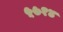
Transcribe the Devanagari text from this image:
५७१४